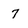
Character: 7